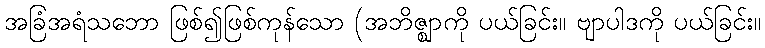
အခြံအရံသဘော ဖြစ်၍ဖြစ်ကုန်သော (အဘိဇ္ဈာကို ပယ်ခြင်း။ ဗျာပါဒကို ပယ်ခြင်း။